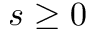
s \geq 0